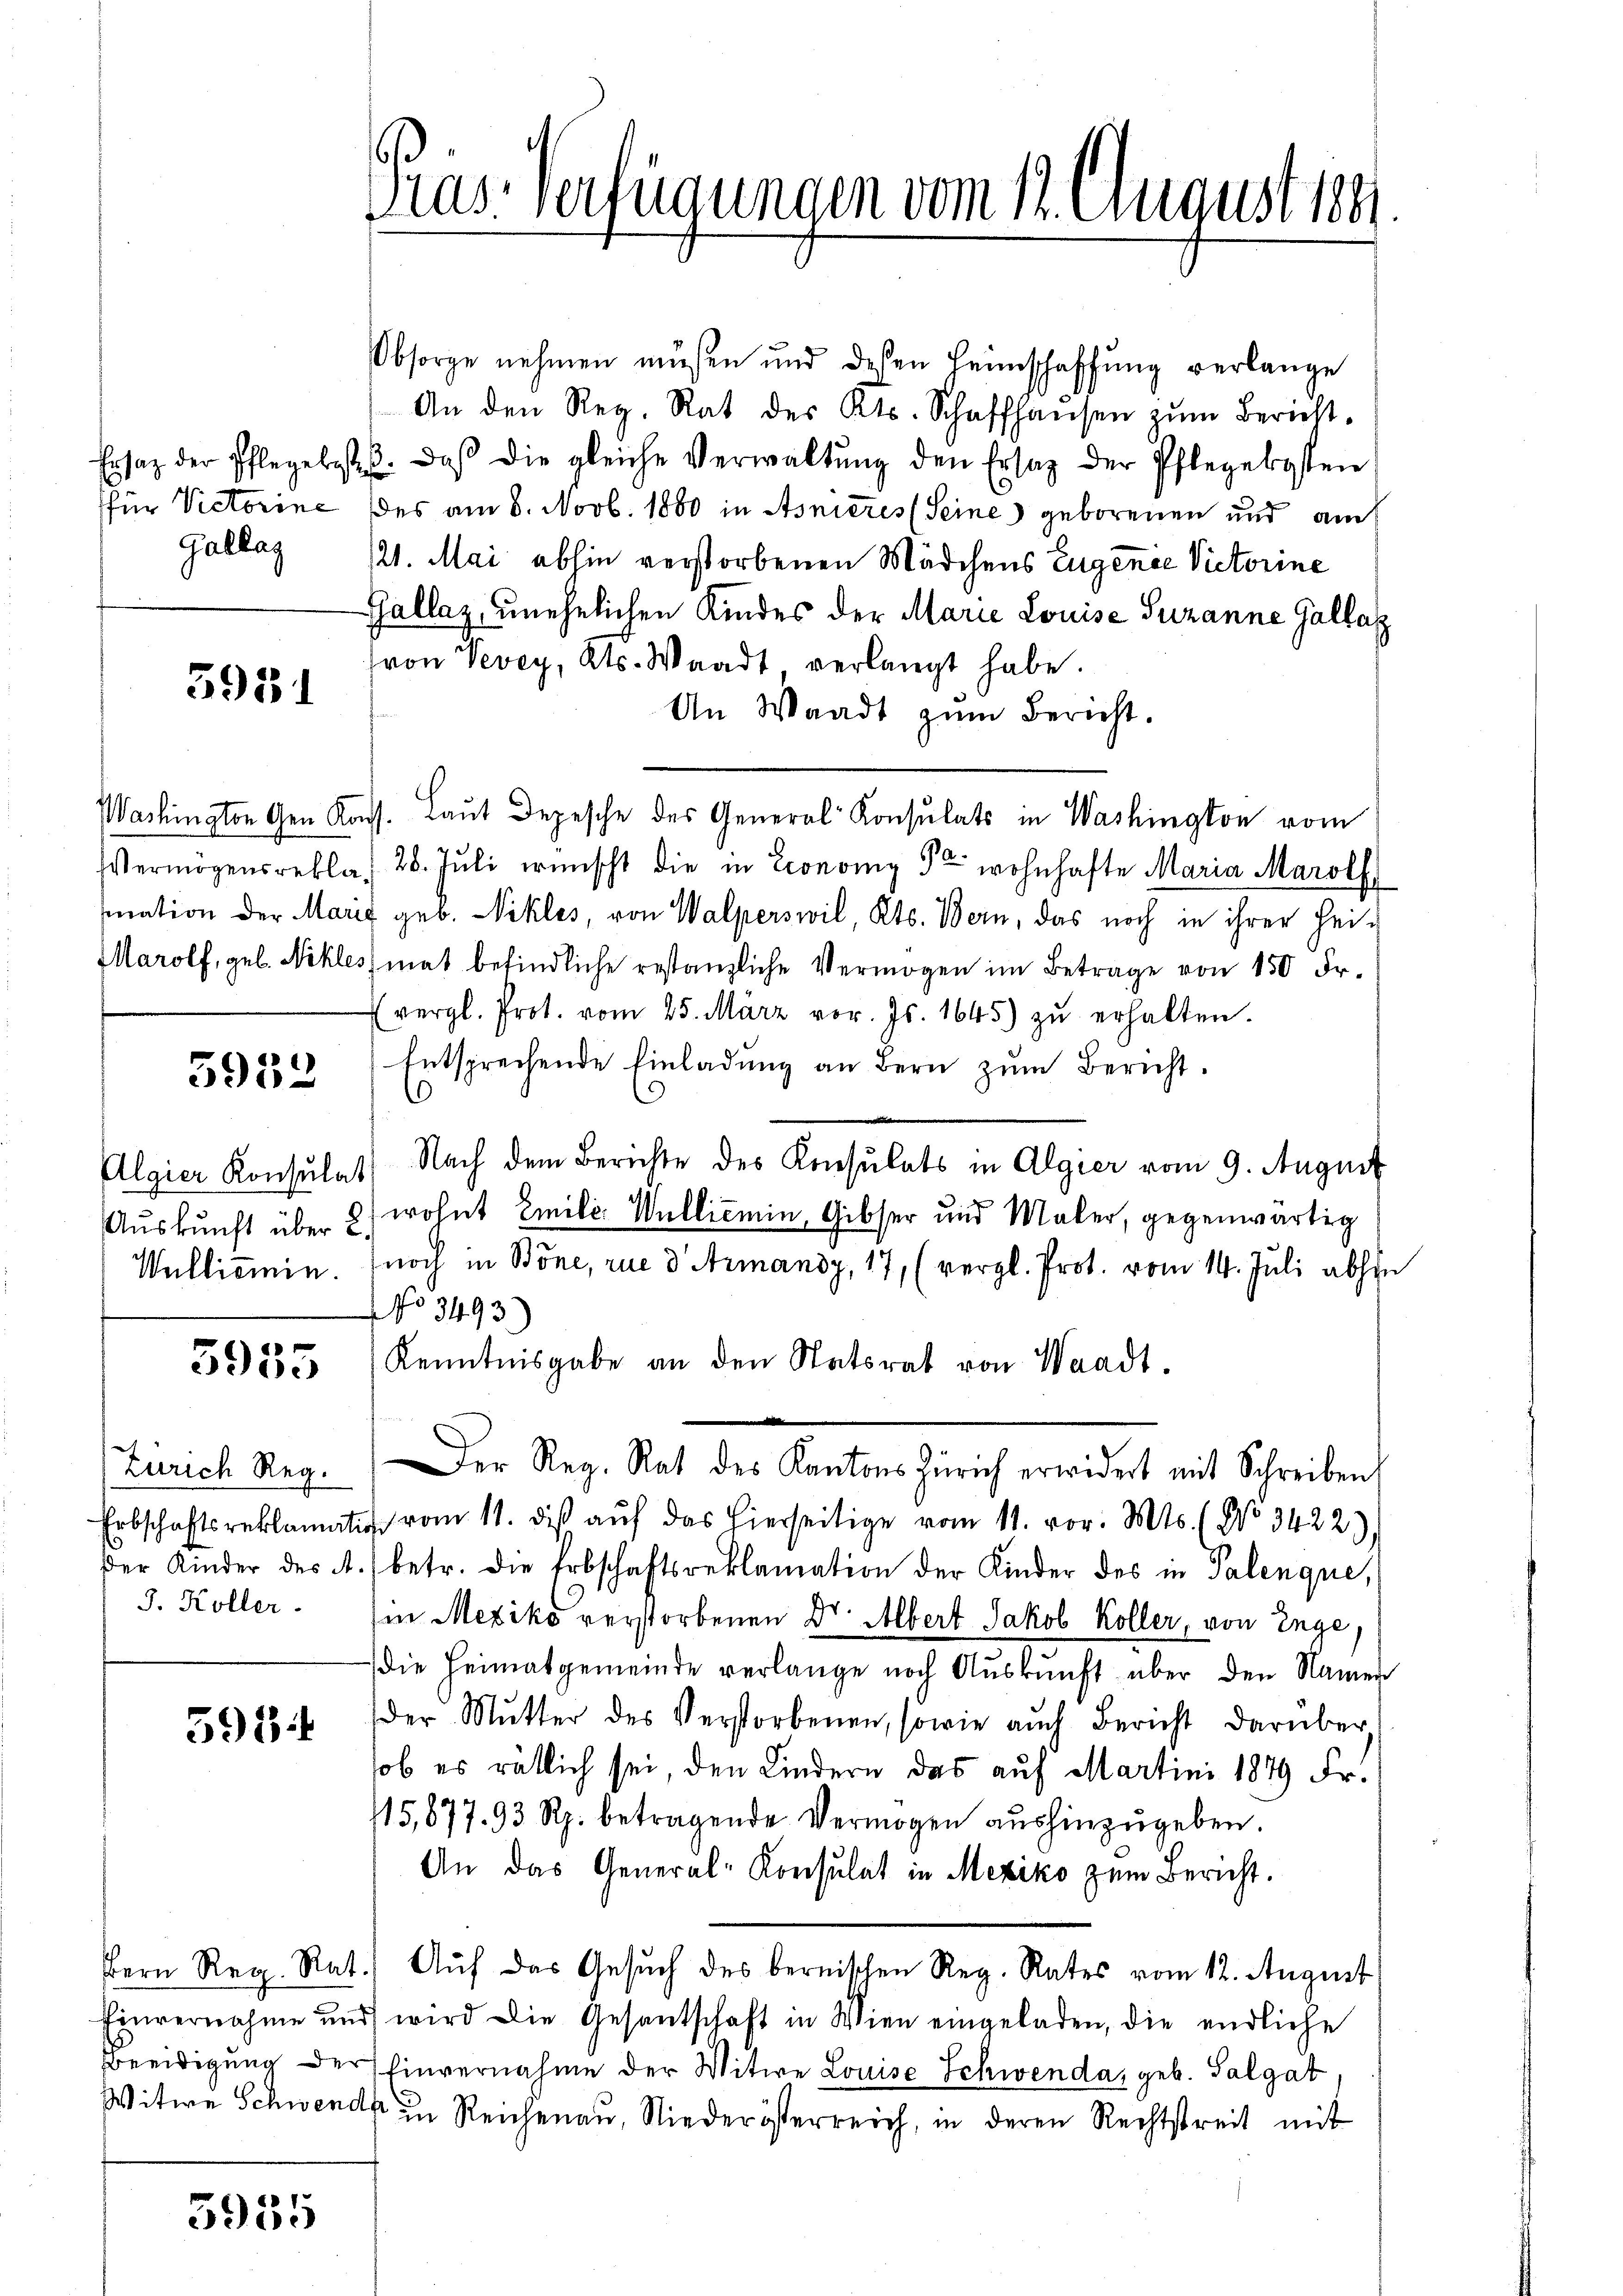
Gallas

5931

5953

5935

3. Koller.

598

5955

Obsorge nehmen müßen und deßen Heimschaffŭng verlange
An den Reg. Rat des Kts. Schaffhausen zŭm Bericht-
Ersatz der Pflegelistes. daβ die gleiche Verwaltŭng den Ersatz der Pflegekosten
für Victorine des am 8. Novb. 1860 in Asnieres (Seine geborenen und am
121. Mai abhin verstorbenen Mädchens Eugenie Victorine
Gallaz, unehelichen Kindes der Marie Louise Susanne Gallaz
(von Vevey, Kts. Waadt verlangt habe.
An Waadt zŭm Bericht.
Washington Gen Kons. Laut Depesche des General Konsulats in Washington vom
Vermögensrekla, 28. Juli wünscht die in Economy Fr wohnhafte Maria Maroll
snation der Marie geb. Nikles, von Walperswil, Kts. Bern, das noch in ihrer Hei¬
Marolf, geb. Nekles mat befindliche restanzliche Vermögen im Betrage von 150 Fr.
vergl. Prot. vom 25. März vor. Js. 1645 zŭ erhalten.
Entsprechende Einladŭng an Bern zŭm Bericht.
m
Algier Konsulat Nach dem Berichte des Konsulats in Algier vom 9. August
Auskunft über 2) wohnt Emile. Wellicmin, Gibser und Maler, gegenwärtig
Wullicmin. (noch in Böne, rue d' Armansy, 17, (vergl. Prot. vom 14. Juli abhi
No 3493)
Kenntnisgabe an den Statsrat von Waadt.
n
Zürich Reg. Der Reg. Rat des Kantons Zürich erwidert mit Schreiben
Erbschaftsreklamatis vom 11. dies aŭf das hierseitige vom 11. vor. Mts. (No 3422:
der Kinder des 4. / betr. die Erbschaftsreklamation der Kinder des in Palenque,
in Mexiko verstorbenen Dr. Albert Jakob Koller, von Enge,
die Heimatgemeinde verlange noch Aŭskŭnft über den Namen
der Mŭtter des Verstorbenen, sowie aŭch Bericht darüber
ob es rätlich sei, den Kindern das auf Martini 1879 Fr.
115,877. 93 Rp. betragende Vermögen aushinzugeben.
An das General-Konsulat in Mexiko zum Bericht.
Bern Reg. Rat. Aŭf das Gesŭch des bernischen Reg. Rates vom 12. August
Einvernahme und wird die Gesantschaft in Wien eingeladen, die endliche
Beeidigung der Einvernahme der Witwe Louise Schwenda, geb. Salgat
Witwe Schwende in Reichenau, Niederösterreich, in deren Rechtstreit mit

Mas- verfügungen vom 12. August 188